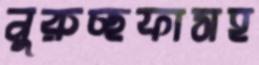
নুরুচ্ছফাসহ